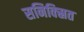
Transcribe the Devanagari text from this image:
सनिक्स्रित